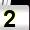
Digit: 2